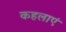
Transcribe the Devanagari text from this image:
कहलाएं